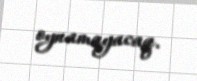
oynamayacaq.